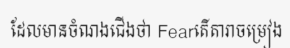
ដែលមានចំណងជើងថា Fearតើតារាចម្រៀង